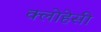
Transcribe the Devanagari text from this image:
क्लोहेसी